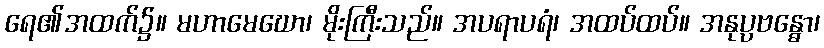
ရေ၏အထက်၌။ မဟာမေဃော၊ မိုးကြီးသည်။ အပရာပရံ၊ အထပ်ထပ်။ အနုပ္ပဗန္ဓော၊